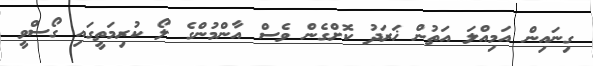
ގިނައިން އަމިއްލަ އަތުން ޚަރަދު ކޮށްގެން ވެސް އާންމުންގެ ލޯ ކުރިމަތީގައި ގޯސްވީ